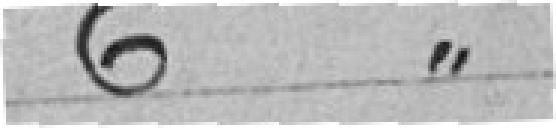
6 voix